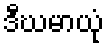
ဒီဃမာယုံ